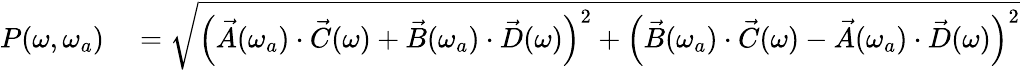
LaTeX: \begin{array}{rl}{P(\omega,\omega_{a})}&{{}=\sqrt{\left(\vec{A}(\omega_{a})\cdot\vec{C}(\omega)+\vec{B}(\omega_{a})\cdot\vec{D}(\omega)\right)^{2}+{\left(\vec{B}(\omega_{a})\cdot\vec{C}(\omega)-\vec{A}(\omega_{a})\cdot\vec{D}(\omega)\right)^{2}}}\, }\end{array}